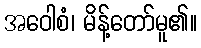
အဝေါစံ၊ မိန့်တော်မူ၏။